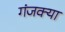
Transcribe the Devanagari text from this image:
गंजक्या